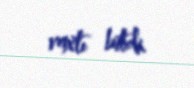
vaxtı bitdi.